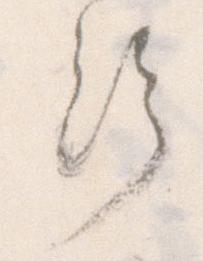
給